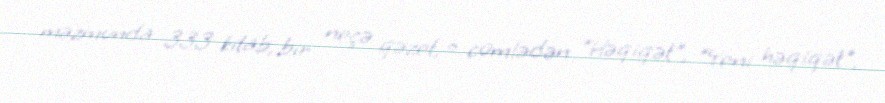
məzmunda 333 kitab, bir neçə qəzet, o cümlədən "Həqiqət", "Yeni həqiqət",